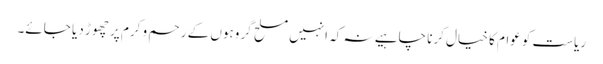
ریاست کو عوام کا خیال کرنا چاہیے نہ کہ انہیں مسلح گروہوں کے رحم و کرم پر چھوڑ دیا جائے۔